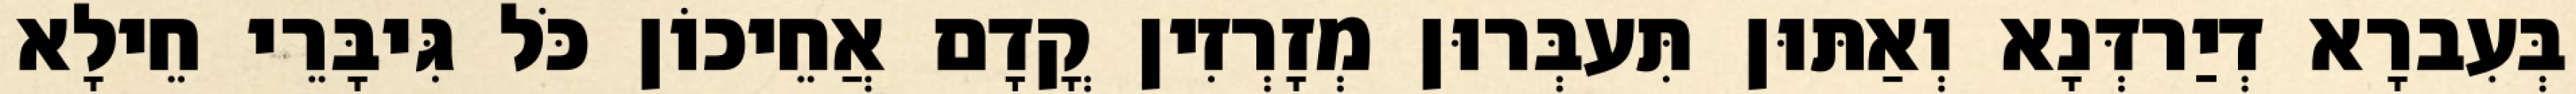
בְּעִברָא דְיַרדְּנָא וְאַתּוּן תִּעבְּרוּן מְזָרְזִין קֳדָם אֲחֵיכוֹן כֹּל גִּיבָּרֵי חֵילָא